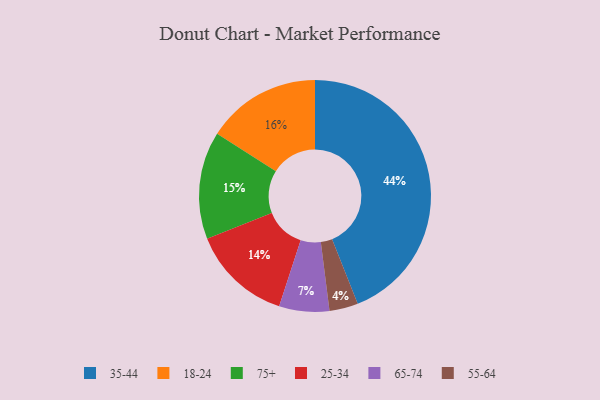
{"axis": {"x": "Category", "y": "Percentage"}, "legend": ["18-24", "25-34", "35-44", "55-64", "65-74", "75+"], "data": [{"x": "65-74", "y": 7, "type": "65-74"}, {"x": "75+", "y": 15, "type": "75+"}, {"x": "55-64", "y": 4, "type": "55-64"}, {"x": "35-44", "y": 44, "type": "35-44"}, {"x": "18-24", "y": 16, "type": "18-24"}, {"x": "25-34", "y": 14, "type": "25-34"}]}